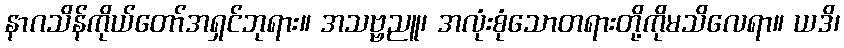
နာဂသိန်ကိုယ်တော်အရှင်ဘုရား။ အသဗ္ဗညူ၊ အလုံးစုံသောတရားတို့ကိုမသိလေရာ။ ယဒိ၊